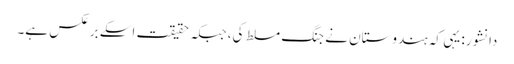
دانشور: یہی کہ ہندوستان نے جنگ مسلط کی، جبکہ حقیقت اسکے برعکس ہے۔